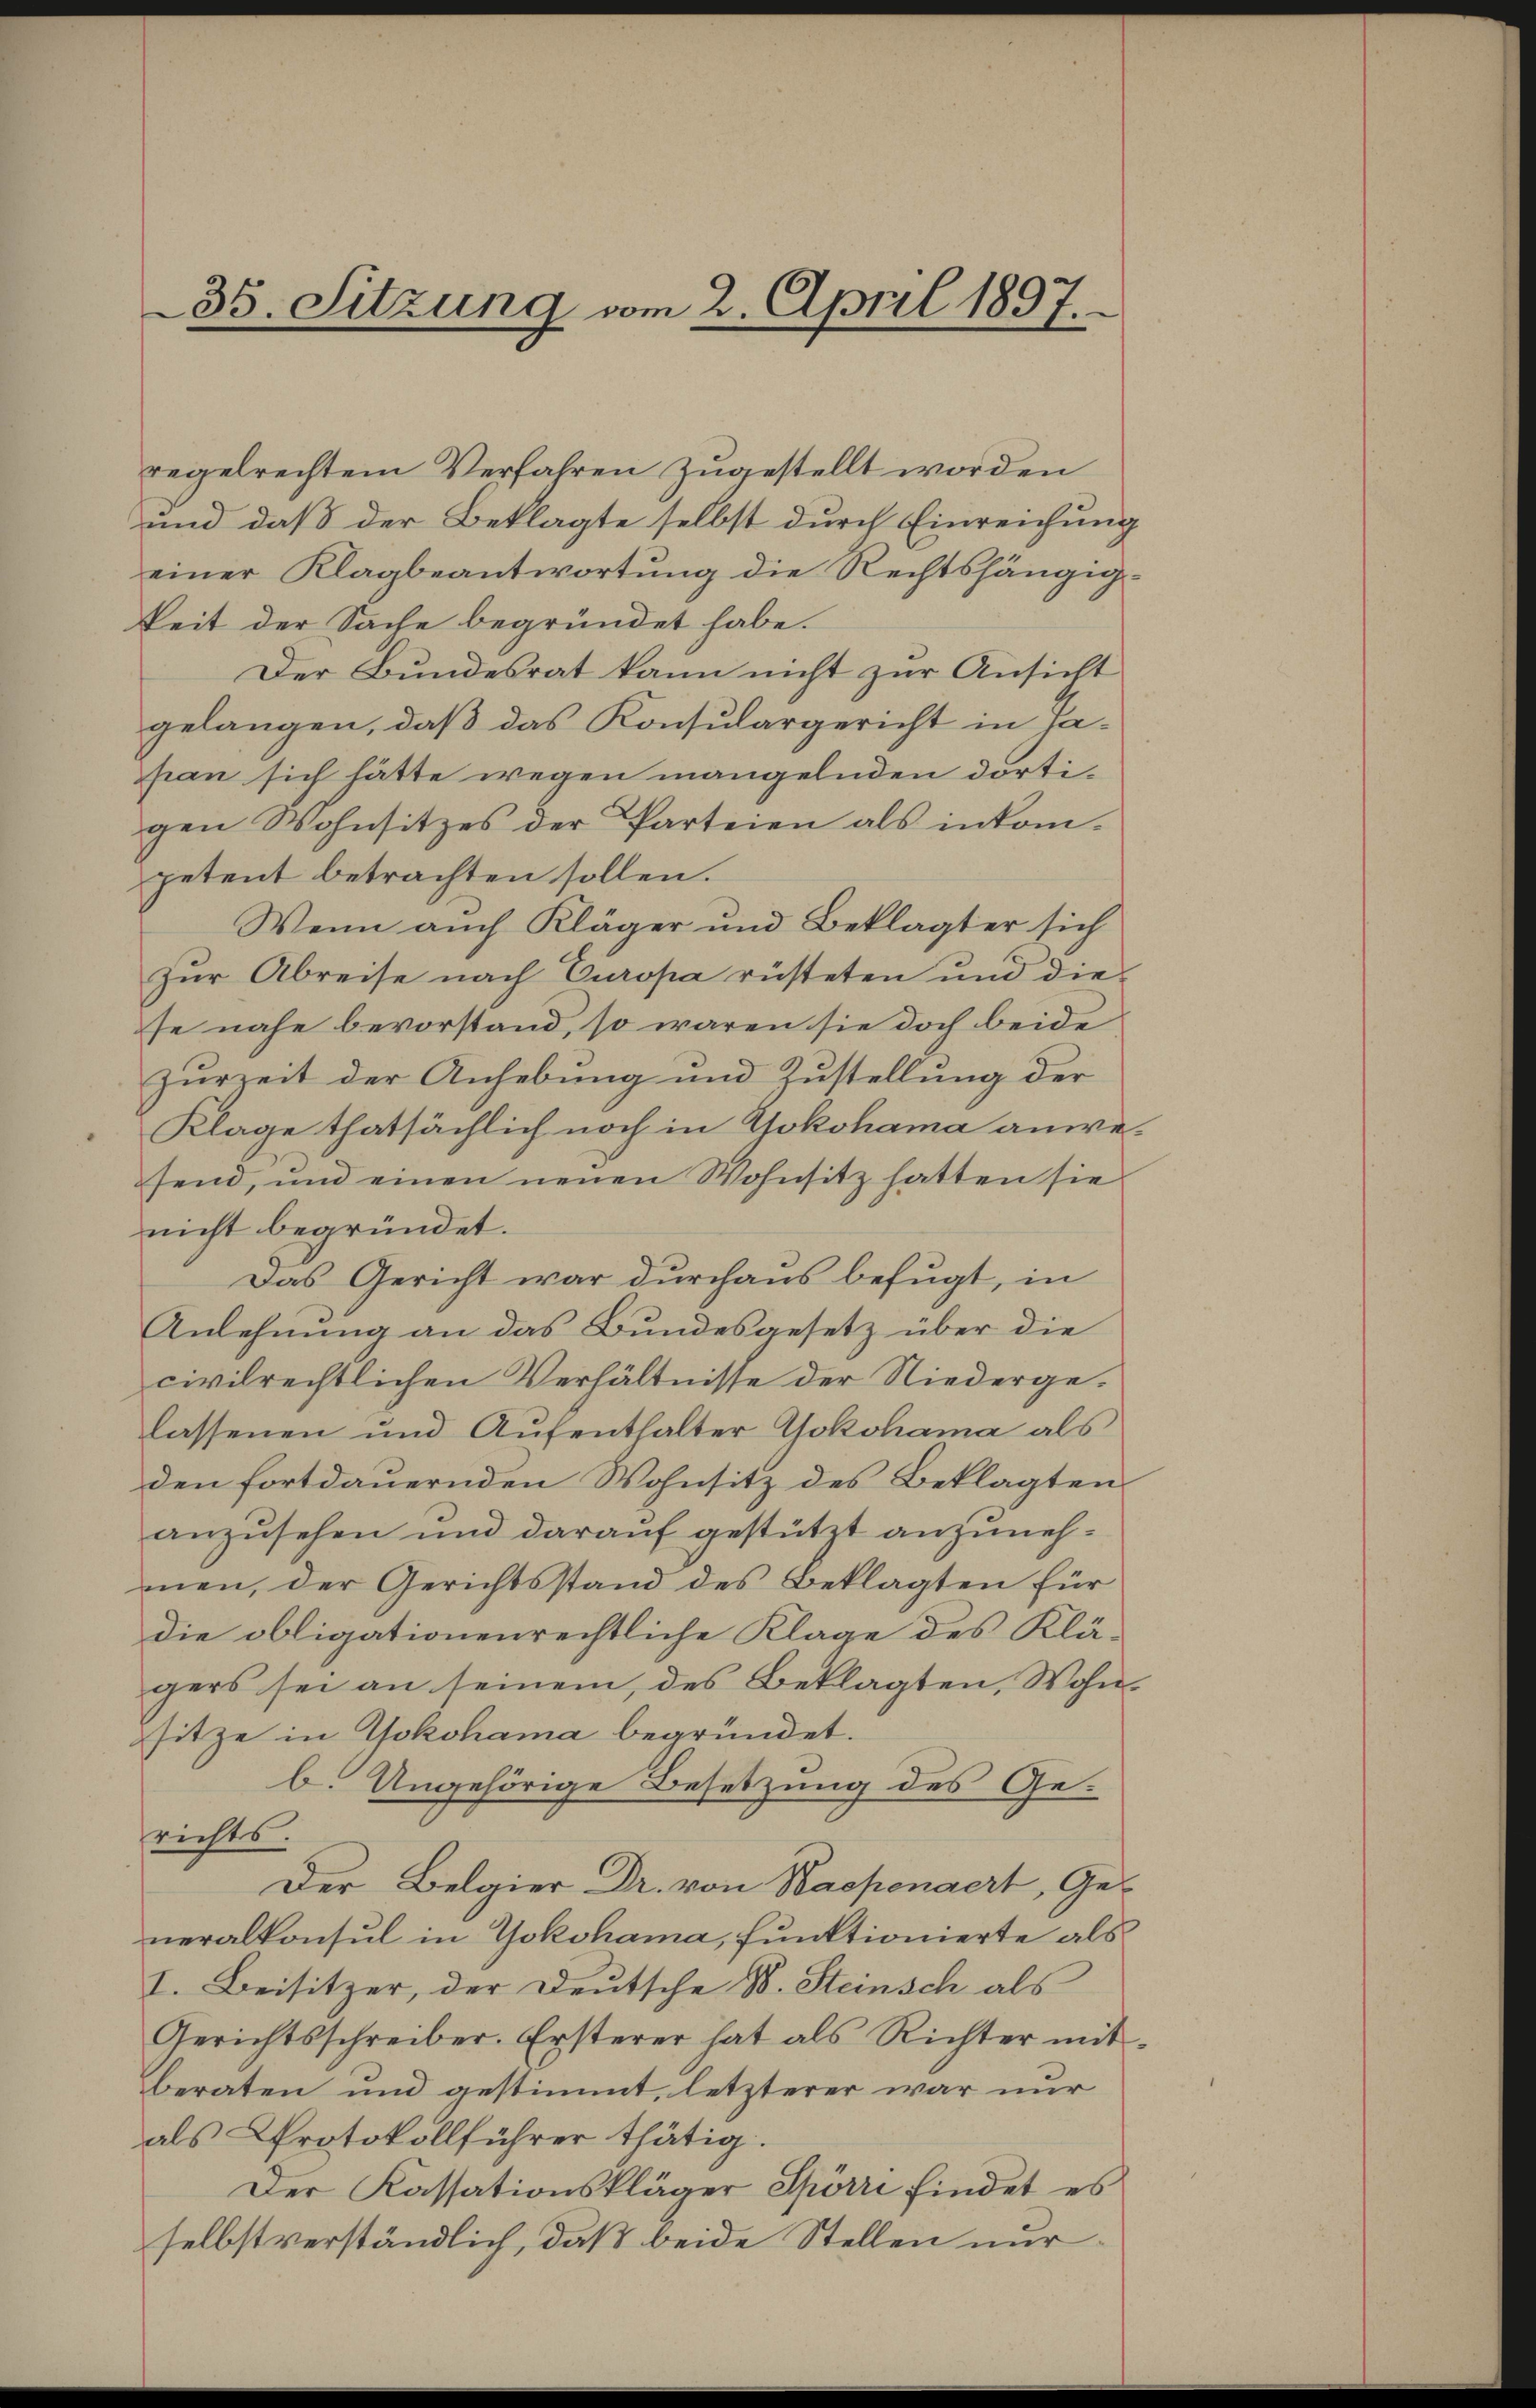
35. Sitzung vom 2. April 1897.

regelrechtem Verfahren zugestellt worden
und daß der Beklagte selbst durch Einreichung
einer Klagbeantwortung die Rechtshängig-
keit der Sache begründet habe.
Der Bundesrat kann nicht zur Ansicht
gelangen, daß das Konsulargericht in Japan sich hätte wegen mangelnden dortigen Wohnsitzes der Parteien als inkompetent betrachten sollen.
Wenn auch Kläger und Beklagter sich
Zŭr Abreise nach Europa rüsteten und die
fe nahe bevorstand, so waren sie doch beide
zurZeit der Anhebung und Zustellung der
Klage thatsächlich noch in Yokohama anwesend, und einen neuen Wohnsitz hatten sie
nicht begründet.
Das Gericht war durchaus befugt, in
Anlehnung an das Bundesgesetz über die
civilrechtlichen Verhältnisse der Niedergelassenen und Aufenthalter Yokohama als
den fortdauernden Wohnsitz des Beklagten
anzusehen und darauf gestützt anzunehmen, der Gerichtsstand des Beklagten für
die obligationenrechtliche Klage des Klä-
gers sei an seinem, des Beklagten, Wohnsitze in Yokohama begründet.
b. Ungehörige Besetzung des Gerichts.
Der Belgier Dr. von Nachenaert, Generalkonsul in Yokohama, funktionierte als
I. Beisitzer, der Deutsche B. Steinsch als
Gerichtsschreiber. Ersterer hat als Richter mit
beraten und gestimmt, letzterer war nur
als Protokollführer thätig.
Der Kassationskläger Spörri findet es
selbstverständlich, daß beide Stellen nur